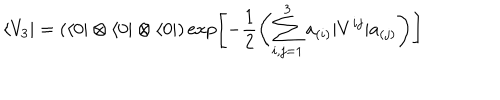
LaTeX: \langle V _ { 3 } | = ( \langle 0 | \otimes \langle 0 | \otimes \langle 0 | ) \exp \left[ - \frac { 1 } { 2 } \left( \sum _ { i , j = 1 } ^ { 3 } a _ { ( i ) } | V ^ { i j } | a _ { ( j ) } \right) \right]